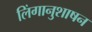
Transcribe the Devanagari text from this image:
लिंगानुशाषन